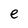
Character: e